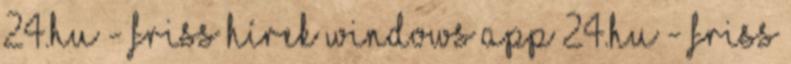
24.hu - friss hírek Windows app 24.hu - friss